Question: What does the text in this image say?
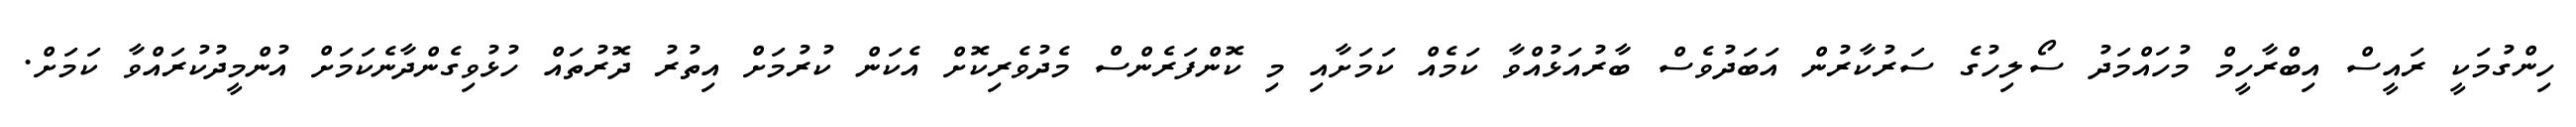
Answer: ހިންގުމަކީ ރައީސް އިބްރާހީމް މުހައްމަދު ސޯލިހުގެ ސަރުކާރުން އަބަދުވެސް ބާރުއަޅުއްވާ ކަމެއް ކަމަށާއި މި ކޮންފަރެންސް މެދުވެރިކޮށް އެކަން ކުރުމަށް އިތުރު ދޮރުތައް ހުޅުވިގެންދާނެކަމަށް އުންމީދުކުރައްވާ ކަމަށް.